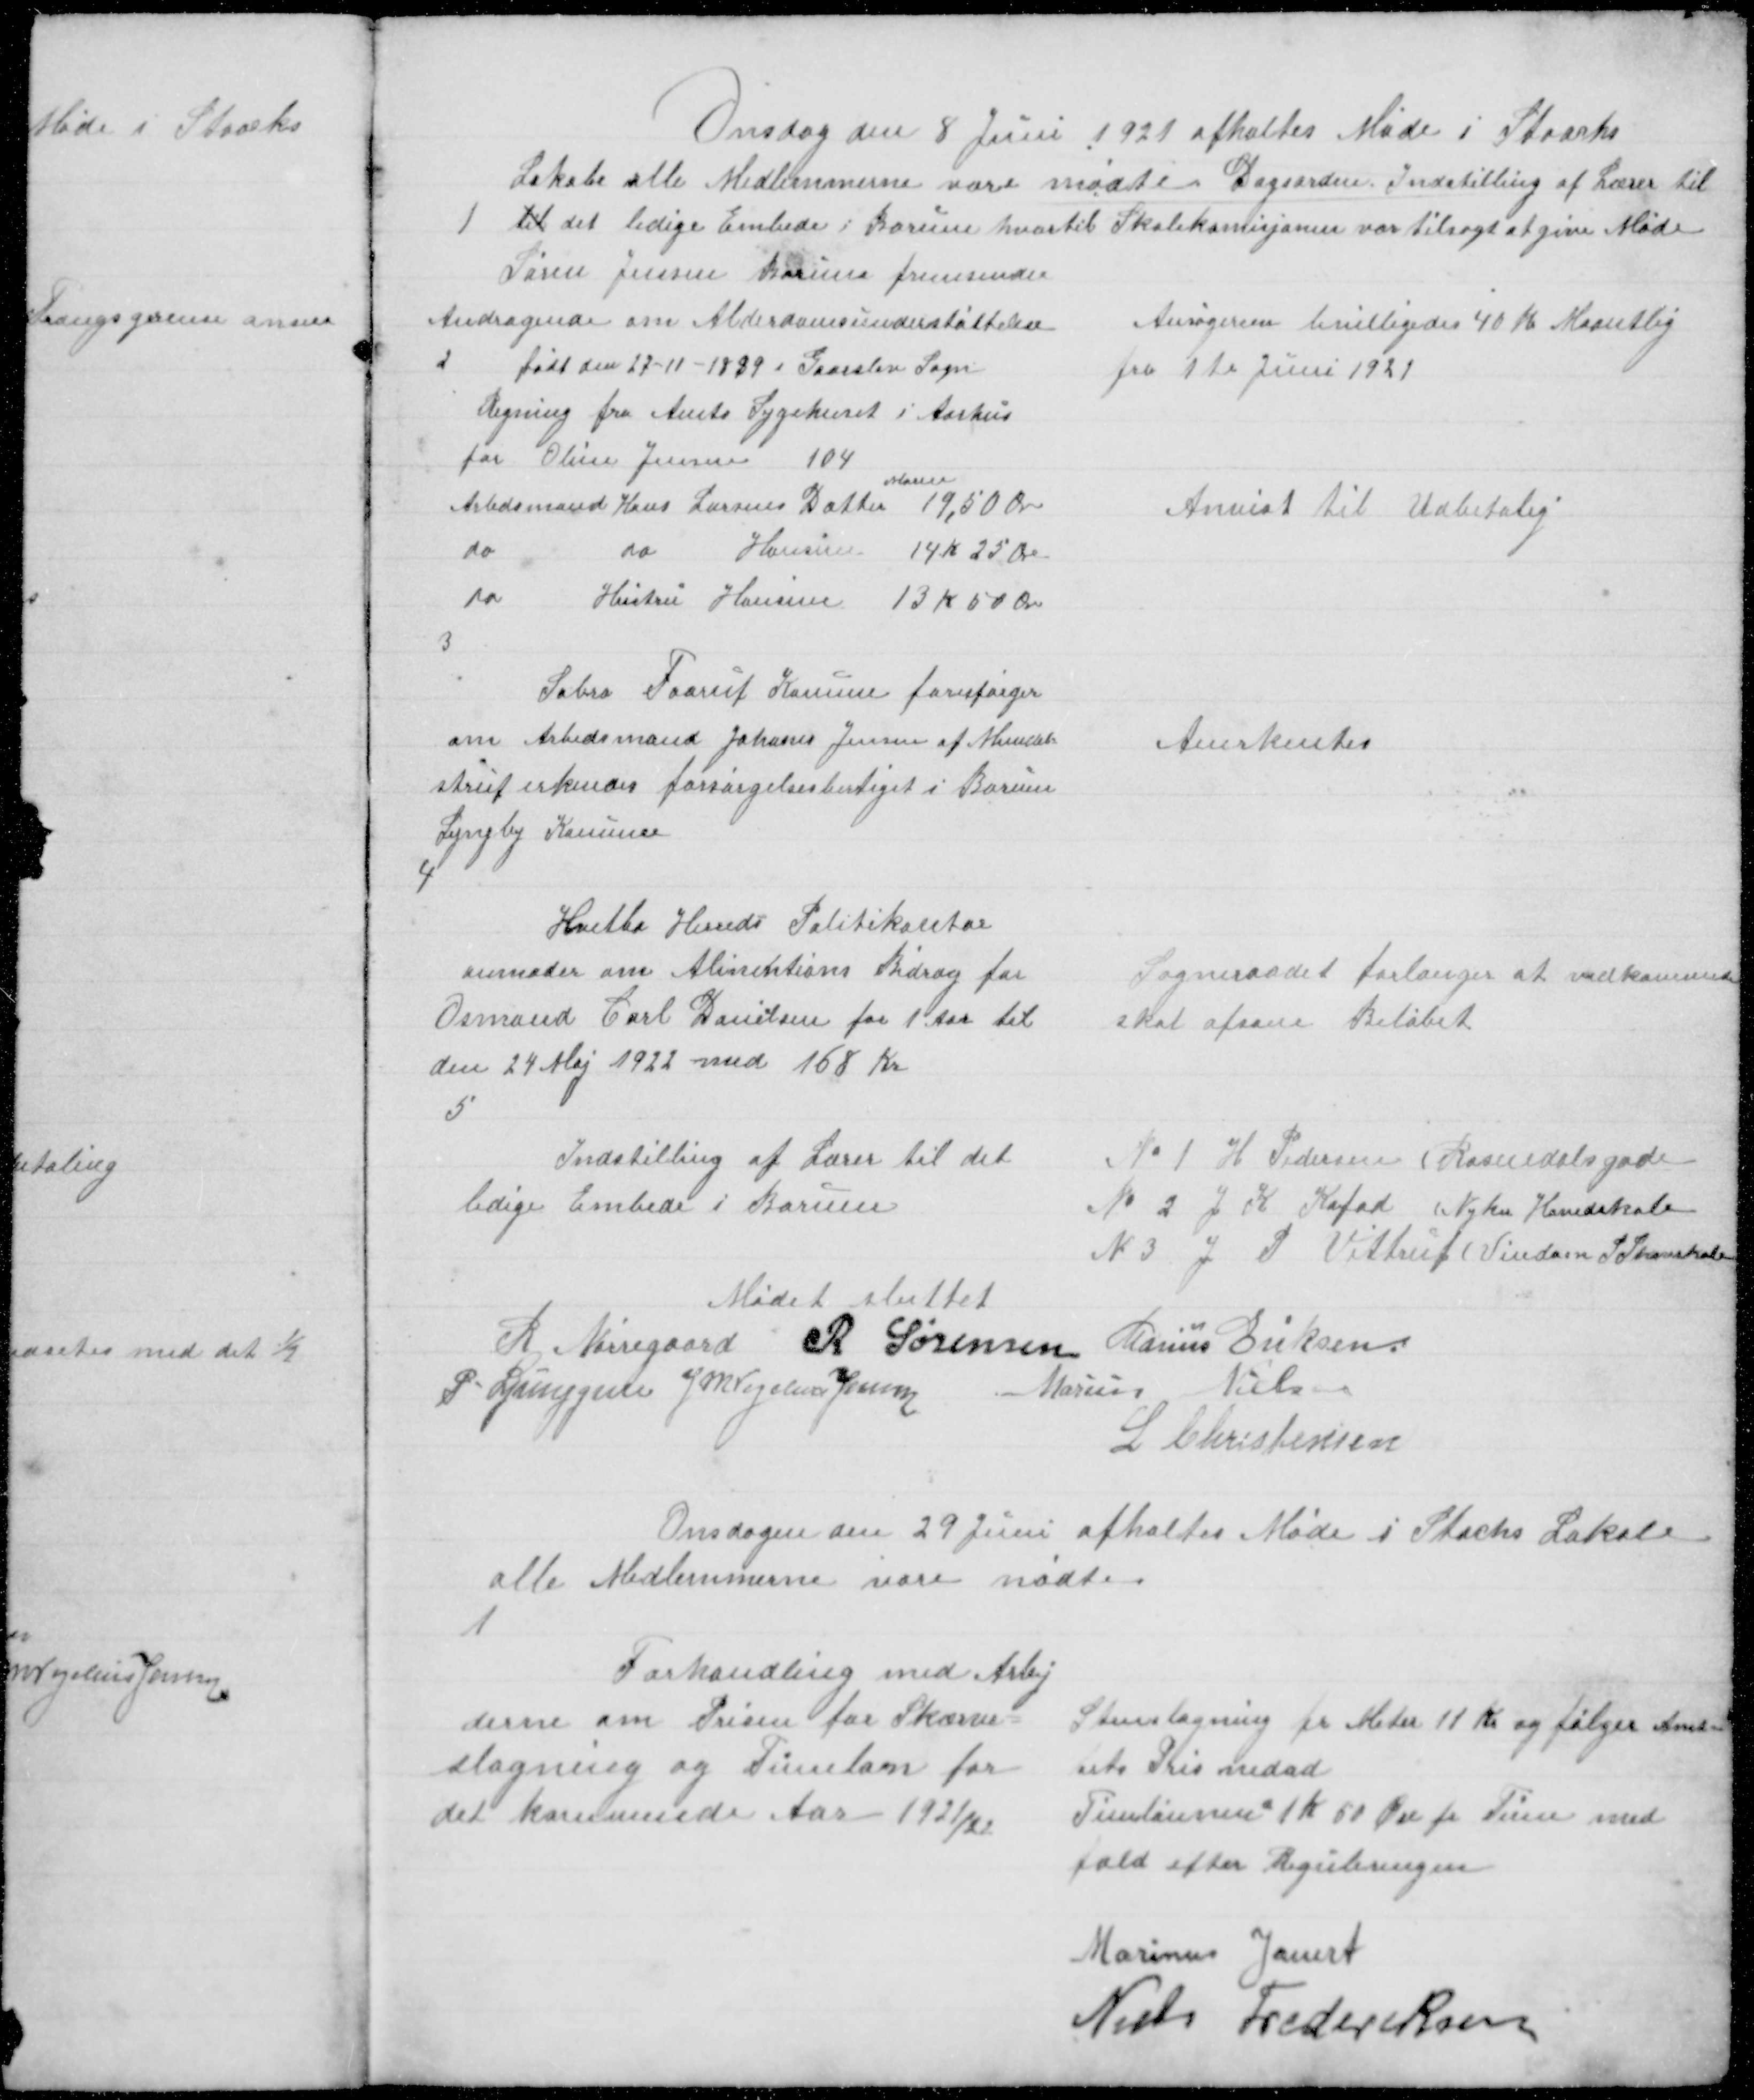
Transskription:
Onsdag den 8 Juni 1921 afholtes Møde i Staacks
Lokale alle Medlemmerne vare mødte Dagsorden. Indstilling af Lærer til
til det ledige Embede i Borum hvortil Skolekomisjonen var tilsagt at give Møde

1

Søren Jensen Borum fremsender
Andragende om Alderdomsunderstøttelse
født den 27 - 11 - 1889 i Gaarslev Sogn

Ansøgeren bevilligedes 40 kr Maantlig
fra 1te Juni 1921

2

Regning fra Amts Sygehuset i Aarhus
for Oline Jensen 104
Arbdsmand Hans Larsens Datter
Maren
19,50 Øre
do
do Hansine 14 K 25 Øre
do Hustru Hansine 13 K 50 Øre

Anvist til Udbetalig

3

Sabro Faarup Komune forespørger
om Arbedsmand Johanes Jensen af Mundel=
strup erkendes forsørgelsesbertiget i Borum
Lyngby Komune

Anerkentes

4

Hvetbo Herreds Politikontor
anmoder om Alimtations Bidrag for
Osmand Karl Danilsen for 1 Aar til
den 24 Maj 1922 med 168 Kr

Sogneraadet forlanger at vedkommede
skal afsone Beløbet

5

Indstilling af Lærer til det
ledige Embede i Borum

№ 1 H Pedersen ( Rosendalsgade
№ 2 J K Kofod ( Nyker Hovedskole
№ 3 J P Vittrup ( Vindom S Skovskole

Mødet sluttet
R Nørregaard R Sørensen Marius Eriksen
P. Ljunggren J M Vogelius Jensen
Marius Eriksen
L Christensen

Onsdagen den 29 Juni afholtes Møde i Stacks Lokale
alle Medlemmerne vare mødte

1

Forhandling med Arbej
derne om Prisen for Skærve=
slagning og Timeløn for
det kommende Aar 1921/22

Stenslagning pr Meter 11 Kr og følger Amt=
tets Pris nedad
Timelønnen 1 Kr 50 Øre pr Time med
fald efter Reguleringen
Marinus Jauert
Niels Frederiksen